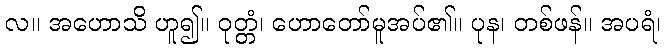
လ။ အဟောသိ ဟူ၍။ ဝုတ္တံ၊ ဟောတော်မူအပ်၏။ ပုန၊ တစ်ဖန်။ အပရံ၊